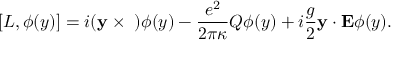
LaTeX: \lbrack L , \phi ( y ) ] = i ( { \bf y } \times { \bf \nabla } ) \phi ( y ) - \frac { e ^ { 2 } } { 2 \pi \kappa } Q \phi ( y ) + i \frac g 2 { \bf y \cdot E } \phi ( y ) .